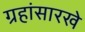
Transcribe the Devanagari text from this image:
ग्रहांसारखे